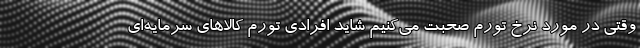
وقتی در مورد نرخ تورم صحبت می‌کنیم شاید افرادی تورم کالاهای سرمایه‌ای